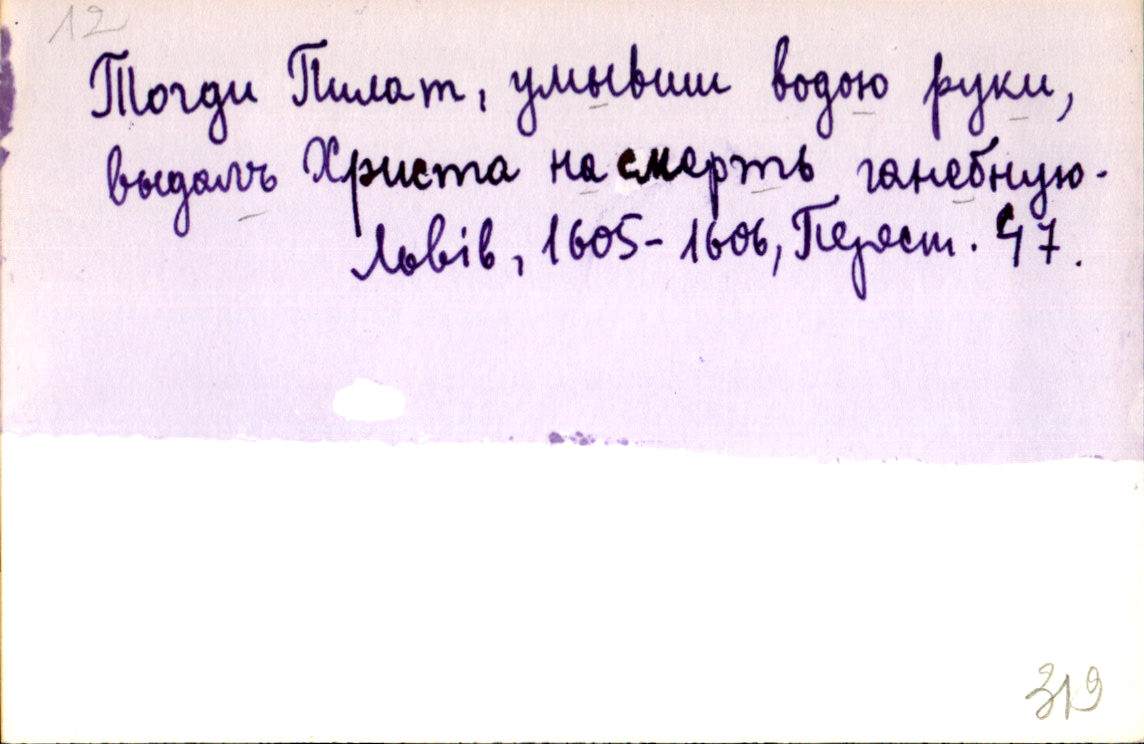
Тогди Пилат, умывши водою руки,
выдалъ Христа на смерть ганебную.
Львів, 1605-1606, Перест. 47.